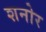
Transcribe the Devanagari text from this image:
शनोर